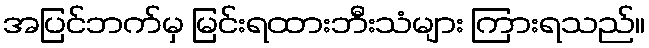
အပြင်ဘက်မှ မြင်းရထားဘီးသံများ ကြားရသည်။